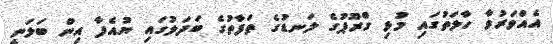
އެއްވަރުވާ ހާލަތުގައި މުޅި ގްރޫޕުގެ ލަނޑުގެ ތަފާތުގެ ބަދަލުގައި ޔުއެފާ އިން ބަލަނީ